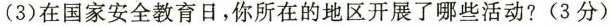
(3)在国家安全教育日，你所在的地区开展了哪些活动?(3分)